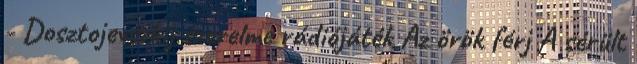
- Dosztojevszkij szerelme rádiójáték Az örök férj A sérült